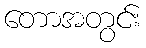
တောအတွင်း